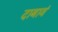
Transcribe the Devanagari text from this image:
दाबावं